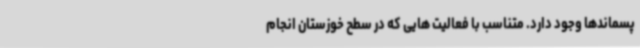
پسماندها وجود دارد. متناسب با فعالیت هایی که در سطح خوزستان انجام